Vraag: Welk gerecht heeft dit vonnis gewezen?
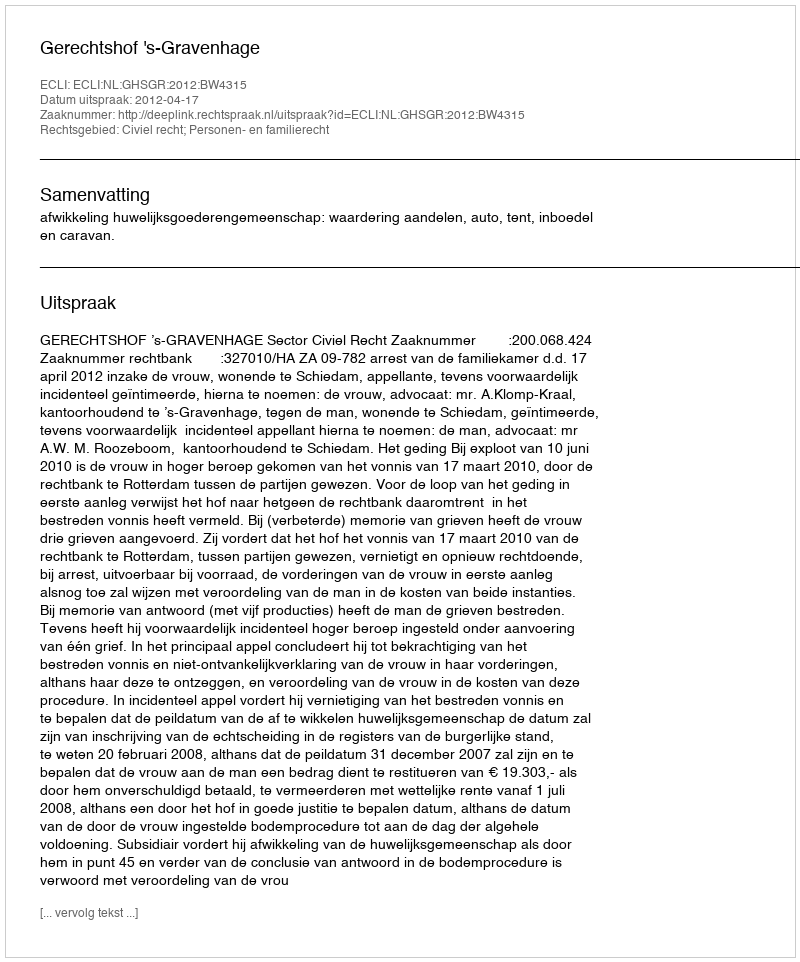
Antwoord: Gerechtshof 's-Gravenhage